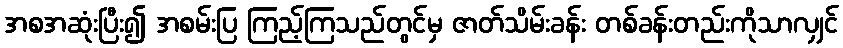
အစအဆုံးပြီး၍ အစမ်းပြ ကြည့်ကြသည်တွင်မှ ဇာတ်သိမ်းခန်း တစ်ခန်းတည်းကိုသာလျှင်